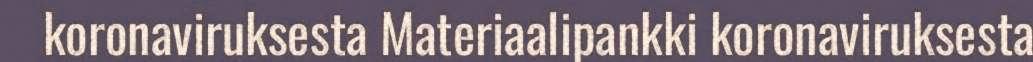
koronaviruksesta Materiaalipankki koronaviruksesta